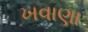
ખવાણા